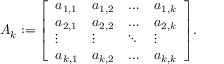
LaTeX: A _ { k } : = { \left[ \begin{array} { l l l l } { a _ { 1 , 1 } } & { a _ { 1 , 2 } } & { \dots } & { a _ { 1 , k } } \\ { a _ { 2 , 1 } } & { a _ { 2 , 2 } } & { \dots } & { a _ { 2 , k } } \\ { \vdots } & { \vdots } & { \ddots } & { \vdots } \\ { a _ { k , 1 } } & { a _ { k , 2 } } & { \dots } & { a _ { k , k } } \end{array} \right] } .